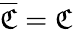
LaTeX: \overline{{\mathfrak{C}}}=\mathfrak{C}